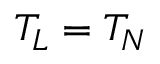
T _ { L } = T _ { N }